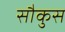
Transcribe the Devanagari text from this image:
सौकुस